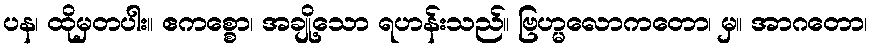
ပန၊ ထိုမှတပါး။ ဧကစ္စော၊ အချို့သော ရဟန်းသည်။ ဗြဟ္မလောကတော၊ မှ။ အာဂတော၊